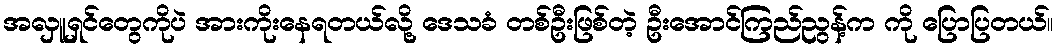
အလှူရှင်တွေကိုပဲ အားကိုးနေရတယ်လို့ ဒေသခံ တစ်ဦးဖြစ်တဲ့ ဦးအောင်ကြည်ညွန့်က ကို ပြောပြတယ်။